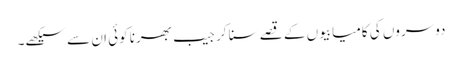
دوسروں کی کامیابیوں کے قصے سنا کر جیب بھرنا کوئی ان سے سیکھے۔